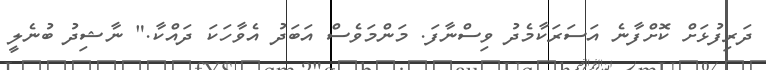
ދަރިފުޅަށް ކޮށްފާނެ އަސަރަކާމެދު ވިސްނާފަ. މަންމަވެސް އަބަދު އެވާހަކަ ދައްކާ." ނާޝިދު ބުނެލީ